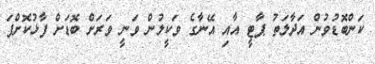
ކަންބޮޑުވުން އަދާލަތު ޕާޓީ އާއި އޭނާގެ ވަކީލުން ވަނީ ވަރަށް ބޮޑަށް ފާޅުކޮށްފަ